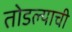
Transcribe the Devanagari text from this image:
तोडल्याची